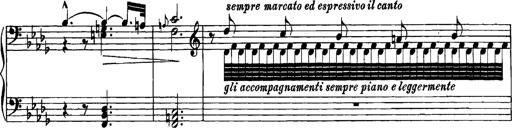
Title: Grandes Etudes
Composer: Franz Liszt